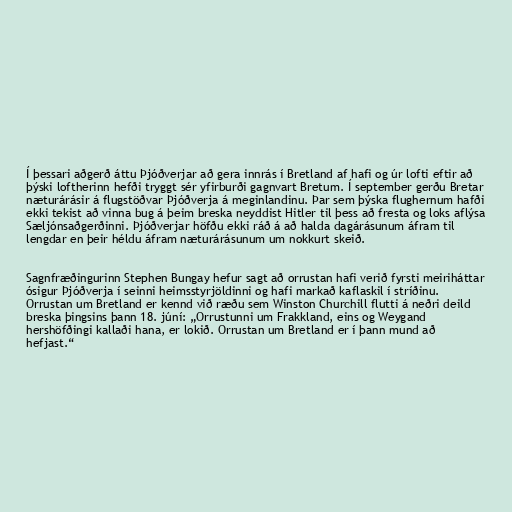
Í þessari aðgerð áttu Þjóðverjar að gera innrás í Bretland af hafi og úr lofti eftir að
þýski loftherinn hefði tryggt sér yfirburði gagnvart Bretum. Í september gerðu Bretar
næturárásir á flugstöðvar Þjóðverja á meginlandinu. Þar sem þýska flughernum hafði
ekki tekist að vinna bug á þeim breska neyddist Hitler til þess að fresta og loks aflýsa
Sæljónsaðgerðinni. Þjóðverjar höfðu ekki ráð á að halda dagárásunum áfram til
lengdar en þeir héldu áfram næturárásunum um nokkurt skeið.

Sagnfræðingurinn Stephen Bungay hefur sagt að orrustan hafi verið fyrsti meiriháttar
ósigur Þjóðverja í seinni heimsstyrjöldinni og hafi markað kaflaskil í stríðinu.
Orrustan um Bretland er kennd við ræðu sem Winston Churchill flutti á neðri deild
breska þingsins þann 18. júní: „Orrustunni um Frakkland, eins og Weygand
hershöfðingi kallaði hana, er lokið. Orrustan um Bretland er í þann mund að
hefjast.“